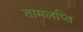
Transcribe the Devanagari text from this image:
तामलप्ति